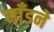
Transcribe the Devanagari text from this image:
माँडने